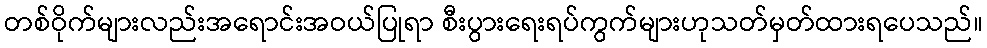
တစ်ဝိုက်များလည်းအရောင်းအဝယ်ပြုရာ စီးပွားရေးရပ်ကွက်များဟုသတ်မှတ်ထားရပေသည်။